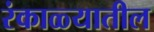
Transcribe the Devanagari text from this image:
रंकाळ्यातील